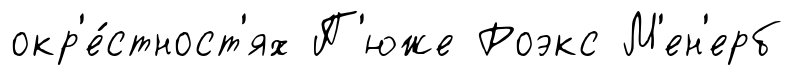
окр'е́стност'ях П'юже Роэкс М'ен'ерб